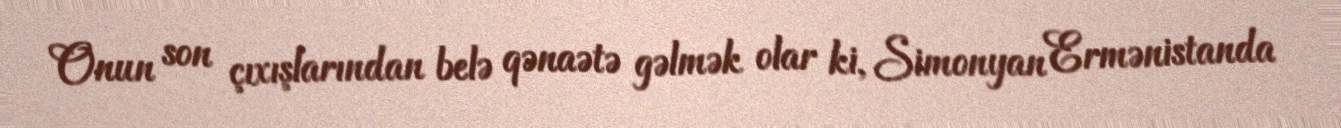
Onun son çıxışlarından belə qənaətə gəlmək olar ki, Simonyan Ermənistanda